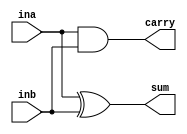
`timescale 1ns / 1ps
//////////////////////////////////////////////////////////////////////////////////
// Company: 
// Engineer: 
// 
// Design Name: 
// Module Name: half_adder1
// Project Name: 
// Target Devices: 
// Tool Versions: 
// Description: 
// 
// Dependencies: 
// 
// Revision:
// Revision 0.01 - File Created
// Additional Comments:
// 
//////////////////////////////////////////////////////////////////////////////////


module half_adder1(
    input ina,
    input inb,
    output sum,
    output carry
    );
    assign sum = ina ^ inb;
    assign carry = ina & inb;
   
endmodule